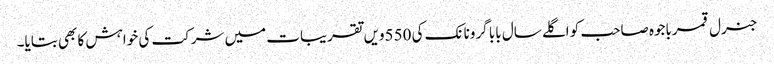
جنرل قمرباجوہ صاحب کو اگلے سال بابا گرونانک کی 550ویں تقریبات میں شرکت کی خواہش کا بھی بتایا۔